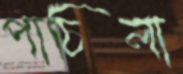
পাচিলা